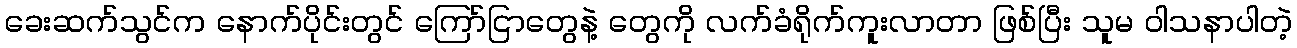
ခေးဆက်သွင်က နောက်ပိုင်းတွင် ကြော်ငြာတွေနဲ့ တွေကို လက်ခံရိုက်ကူးလာတာ ဖြစ်ပြီး သူမ ဝါသနာပါတဲ့